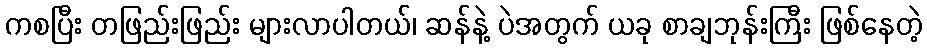
ကစပြီး တဖြည်းဖြည်း များလာပါတယ်၊ ဆန်နဲ့ ပဲအတွက် ယခု စာချဘုန်းကြီး ဖြစ်နေတဲ့